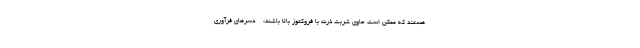
هستند که ممکن است حاوی شربت ذرت با فروکتوز بالا باشند: - دسرهای فرآوری